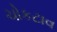
ચોકટાવ